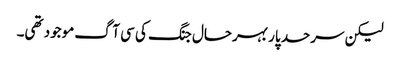
لیکن سرحد پار بہرحال جنگ کی سی آگ موجود تھی۔